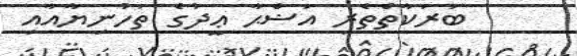
ބަރަކާތްތެރި އަޟްޙާ ޢީދުގެ ތަހުނިޔާއާއި